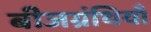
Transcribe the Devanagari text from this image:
बीजग्रंथियाँ